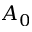
A _ { 0 }